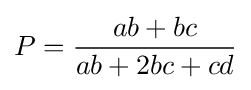
P={\frac {ab+bc}{ab+2bc+cd}}